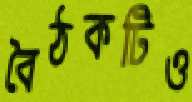
বৈঠকটিও